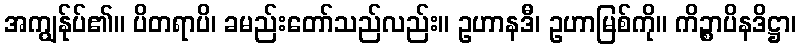
အကျွန်ုပ်၏။ ပိတရာပိ၊ ခမည်းတော်သည်လည်း။ ဥဟာနဒီ၊ ဥဟာမြစ်ကို။ ကိဉ္စာပိနဒိဋ္ဌာ၊